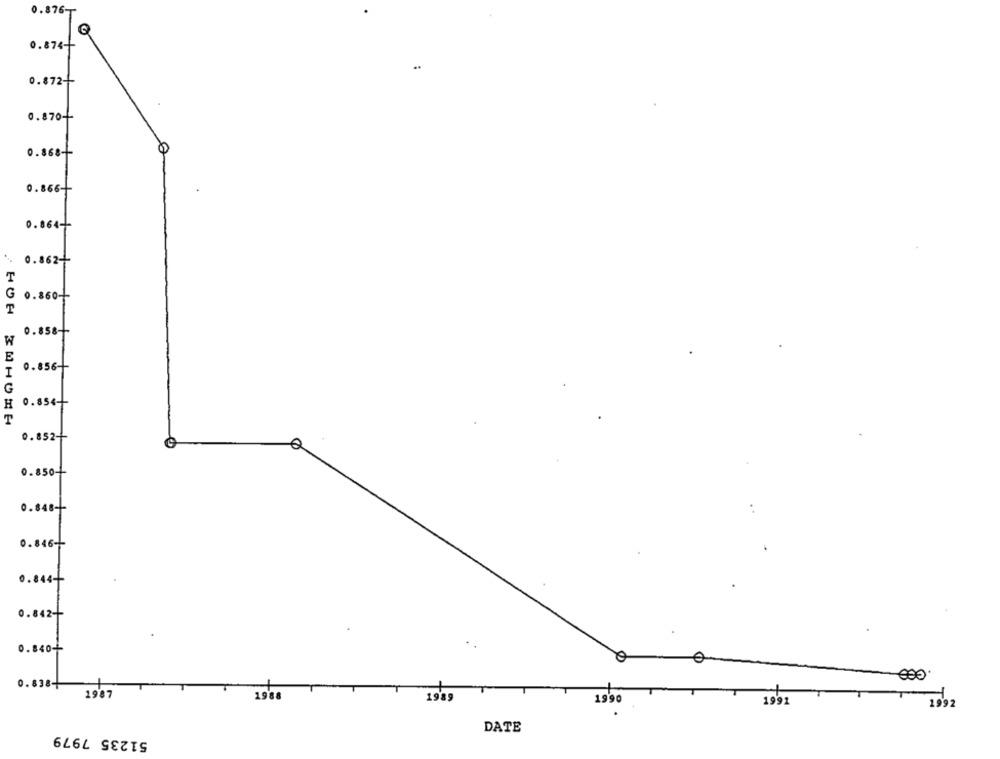
0.876
0.874 --
0.872 --
0. 870-
0.868-
0.866-
0.864 --
0.862-
T
G
0.860-
T
0.858-
W
E
0.856-
G
0.854-
H
T
0.852-
0.850-
0.848-
0.846 --
44-
842-
0.838-
1987
1988
1989
1990
1991
1992
DATE
51235 7979